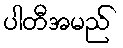
ပါတီအမည်